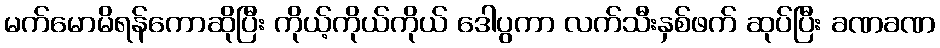
မက်မောမိရန်ကောဆိုပြီး ကိုယ့်ကိုယ်ကိုယ် ဒေါပွကာ လက်သီးနှစ်ဖက် ဆုပ်ပြီး ခဏခဏ